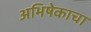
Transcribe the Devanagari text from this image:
अभिषेकाचा